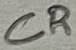
Text: CR